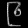
Digit: ၉